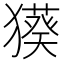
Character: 𤢑